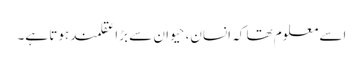
اسے معلوم تھا کہ انسان، حیوان سے بڑا عقلمند ہوتا ہے۔